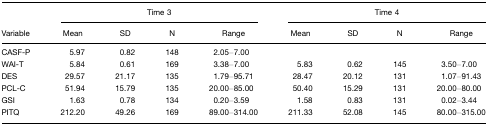
<table><thead><tr><td></td><td colspan="4"><b>Time 3</b></td><td colspan="4"><b>Time 4</b></td></tr><tr><td><b>Variable</b></td><td><b>Mean</b></td><td><b>SD</b></td><td><b>N</b></td><td><b>Range</b></td><td><b>Mean</b></td><td><b>SD</b></td><td><b>N</b></td><td><b>Range</b></td></tr></thead><tbody><tr><td>CASF-P</td><td>5.97</td><td>0.82</td><td>148</td><td>2.05–7.00</td><td></td><td></td><td></td><td></td></tr><tr><td>WAI-T</td><td>5.84</td><td>0.61</td><td>169</td><td>3.38–7.00</td><td>5.83</td><td>0.62</td><td>145</td><td>3.50–7.00</td></tr><tr><td>DES</td><td>29.57</td><td>21.17</td><td>135</td><td>1.79–95.71</td><td>28.47</td><td>20.12</td><td>131</td><td>1.07–91.43</td></tr><tr><td>PCL-C</td><td>51.94</td><td>15.79</td><td>135</td><td>20.00–85.00</td><td>50.40</td><td>15.29</td><td>131</td><td>20.00–80.00</td></tr><tr><td>GSI</td><td>1.63</td><td>0.78</td><td>134</td><td>0.20–3.59</td><td>1.58</td><td>0.83</td><td>131</td><td>0.02–3.44</td></tr><tr><td>PITQ</td><td>212.20</td><td>49.26</td><td>169</td><td>89.00–314.00</td><td>211.33</td><td>52.08</td><td>145</td><td>80.00–315.00</td></tr></tbody></table>